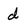
Character: d